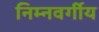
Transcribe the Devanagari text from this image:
निम्‍नवर्गीय